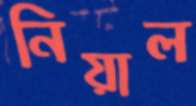
নিয়াল